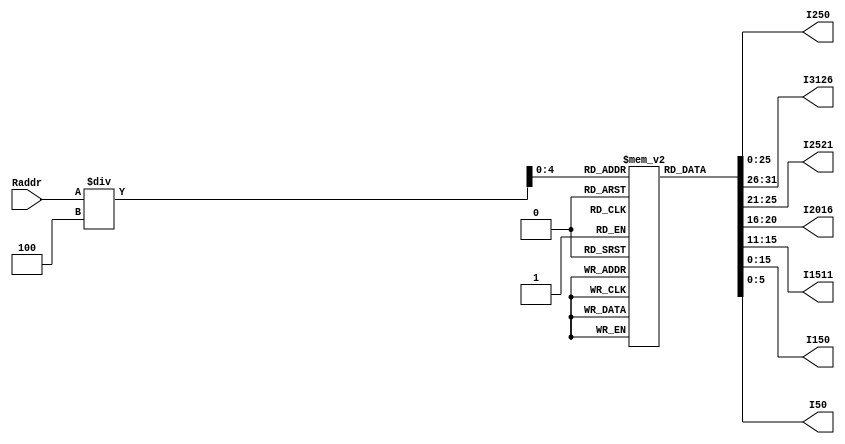
`timescale 1ns / 1ps
//////////////////////////////////////////////////////////////////////////////////
// Company: 
// Engineer: 
// 
// Design Name: 
// Module Name:    IM 
// Project Name: 
// Target Devices: 
// Tool versions: 
// Description: 
//
// Dependencies: 
//
// Revision: 
// Revision 0.01 - File Created
// Additional Comments: 
//
//////////////////////////////////////////////////////////////////////////////////
module IM (Raddr,I250, I3126, I2521, I2016, I1511, I150,I50);
input [31:0]Raddr;
reg [31:0] instruction;
output [25:0] I250;
output [5:0] I3126;
output [4:0] I2521;
output [4:0] I2016;
output [4:0] I1511;
output [15:0] I150;
output[5:0] I50;
reg [25:0] I250;
reg [5:0] I3126;
reg [4:0] I2521;
reg [4:0] I2016;
reg [4:0] I1511;
reg [15:0] I150;
reg [5:0] I50;
reg [31:0] memory [0:29];
initial begin 
memory[0] = 32'b00100000000010000000000000100000; //addi $t0, $zero, 0x20 
memory[1] = 32'b00100000000010010000000000100111; //addi $t1, $zero, 0x27  
memory[2] = 32'b00000001000010011000000000100100; //and $s0, $t0, $t1   
memory[3] = 32'b00000001000010011000000000100101; //or $s0, $t0, $t1
memory[4] = 32'b10101100000100000000000000000100; //sw $s0, 4($zero)
memory[5] = 32'b10101100000010000000000000001000; //sw $t0, 8($zero)
memory[6] = 32'b00000001000010011000100000100000; //add $s1, $t0, $t1
memory[7] = 32'b00000001000010011001000000100010; //sub $s2, $t0, $t1
memory[8] = 32'b00010010001100100000000000001001; //beq $s1, $s2, error0
memory[9] = 32'b10001100000100010000000000000100; //lw $s1, 4($zero)
memory[10]= 32'b00110010001100100000000000011000; //andi $s2, $s1, 0x18
memory[11] =32'b00010010001100100000000000001001; //beq $s1, $s2, error1
memory[12] =32'b10001100000100110000000000001000; //lw $s3, 8($zero)
memory[13] =32'b00010010000100110000000000001010; //beq $s0, $s3, error2
memory[14] =32'b00000010010100011010000000101010; //slt $s4, $s2, $s1 (Last)
memory[15] =32'b00010010100000000000000000001111; //beq $s4, $0, EXIT
memory[16] =32'b00000010001000001001000000100000; //add $s2, $s1, $0
memory[17] =32'b00001000000000000000000000001110; //j Last
memory[18] =32'b00100000000010000000000000000000; //addi $t0, $0, 0(error0)
memory[19] =32'b00100000000010010000000000000000; //addi $t1, $0, 0
memory[20] =32'b00001000000000000000000000011111; //j EXIT
memory[21] =32'b00100000000010000000000000000001; //addi $t0, $0, 1(error1)
memory[22] =32'b00100000000010010000000000000001; //addi $t1, $0, 1
memory[23] =32'b00001000000000000000000000011111; //j EXIT
memory[24] =32'b00100000000010000000000000000010; //addi $t0, $0, 2(error2)
memory[25] =32'b00100000000010010000000000000010; //addi $t1, $0, 2
memory[26] =32'b00001000000000000000000000011111; //j EXIT
memory[27] =32'b00100000000010000000000000000011; //addi $t0, $0, 3(error3)
memory[28] =32'b00100000000010010000000000000011; //addi $t1, $0, 3
memory[29] =32'b00001000000000000000000000011111; //j EXIT
end
always @(*)begin
instruction[31:0] <= memory[Raddr/4];
I250 <= instruction[25:0];
I3126 <= instruction[31:26];
I2521<= instruction[25:21];
I2016 <= instruction[20:16];
I1511 <= instruction[15:11];
I150 <= instruction[15:0];
I50<=instruction[5:0];
end   
endmodule